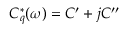
C _ { q } ^ { * } ( \omega ) = C ^ { \prime } + j C ^ { \prime \prime }